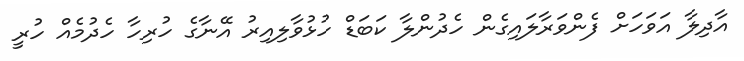
އާދިލާ އަވަހަށް ފެންވަރާލައިގެން ހެދުންލާ ކަބަޑް ހުޅުވާލިއިރު އޭނާގެ ހުރިހާ ހެދުމެއް ހުރީ